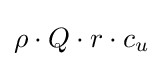
\rho \cdot Q\cdot r\cdot c_{u}